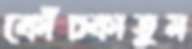
কোঁচ্‌কাতুম